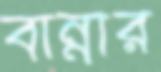
বান্নার